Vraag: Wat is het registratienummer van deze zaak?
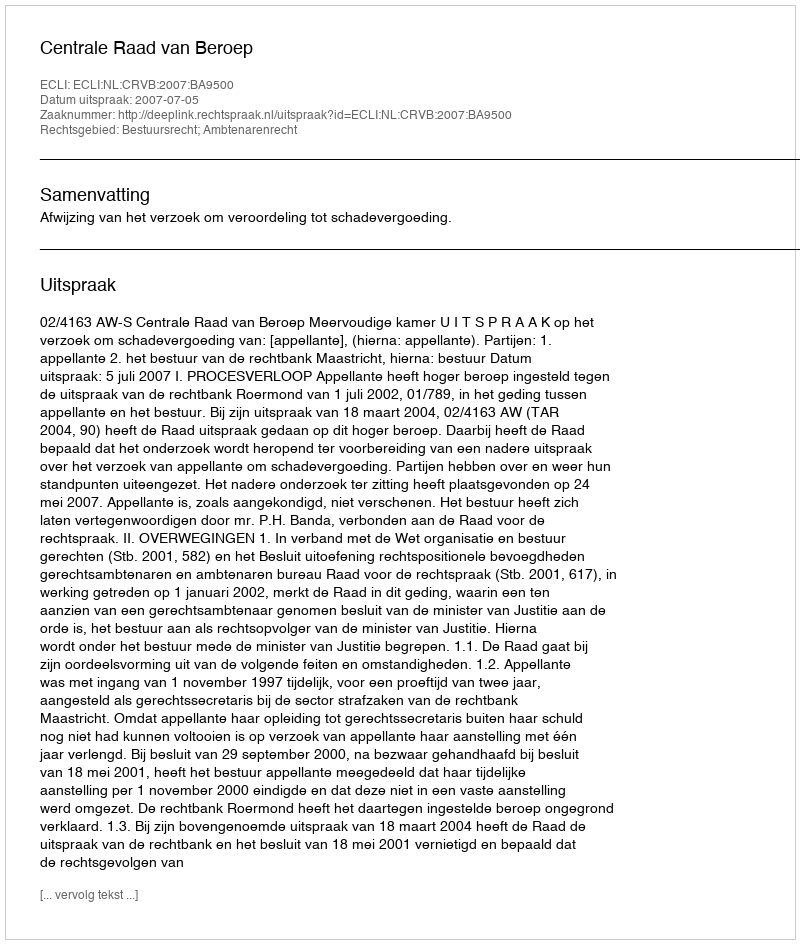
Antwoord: http://deeplink.rechtspraak.nl/uitspraak?id=ECLI:NL:CRVB:2007:BA9500